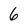
Character: 6